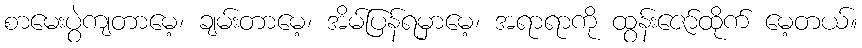
စာမေးပွဲကျတာမေ့၊ ချမ်းတာမေ့၊ အိမ်ပြန်ရမှာမေ့၊ အရာရာကို ထွန်းဇော်ထိုက် မေ့တယ်။